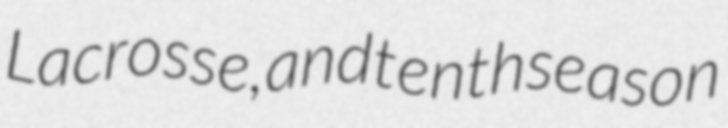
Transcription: Lacrosse, and tenth season